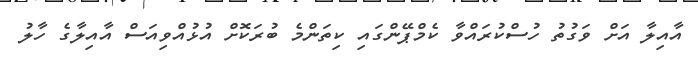
އާއިލާ އަށް ވަގުތު ހުސްކުރައްވާ ކެމްޕޭންގައި ކިތަންމެ ބުރަކޮށް އުޅުއްވިއަސް އާއިލާގެ ހާލު